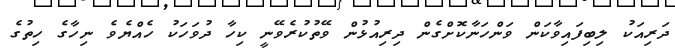
ދަރިއަކު ލިބިފައިވާކަން ވަންހަނާކޮށްގެން ދިރިއުޅުން ވޭތުކުރެވޭނީ ކިހާ ދުވަހަކު ހެއްޔެވެ ނިހާގެ ހިތުގެ